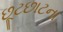
છૂટછાટના